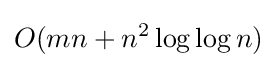
O(mn+n^{2}\log \log n)